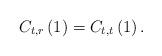
LaTeX: \begin{align*}C_{t,r}\left(1\right)=C_{t,t}\left(1\right).\end{align*}